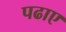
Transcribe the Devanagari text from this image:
पढाए